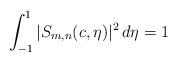
LaTeX: \begin{align*}\int_{-1}^1 |S_{m,n}(c,\eta)|^2\,d\eta=1 \end{align*}